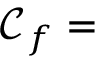
\mathcal { C } _ { f } =